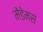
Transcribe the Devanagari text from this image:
मेंडेमस